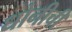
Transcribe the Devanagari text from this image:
धोनीची